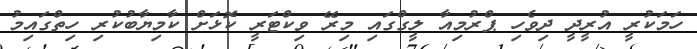
ހަމަކުރީ އުރީދީ ދިވެހި ޕްރުމިއާ ލީގްގައި މިރޭ ވިކްޓަރީ ކޮޅަށް ކާމިޔާބުކުރި ހިތްގައިމު